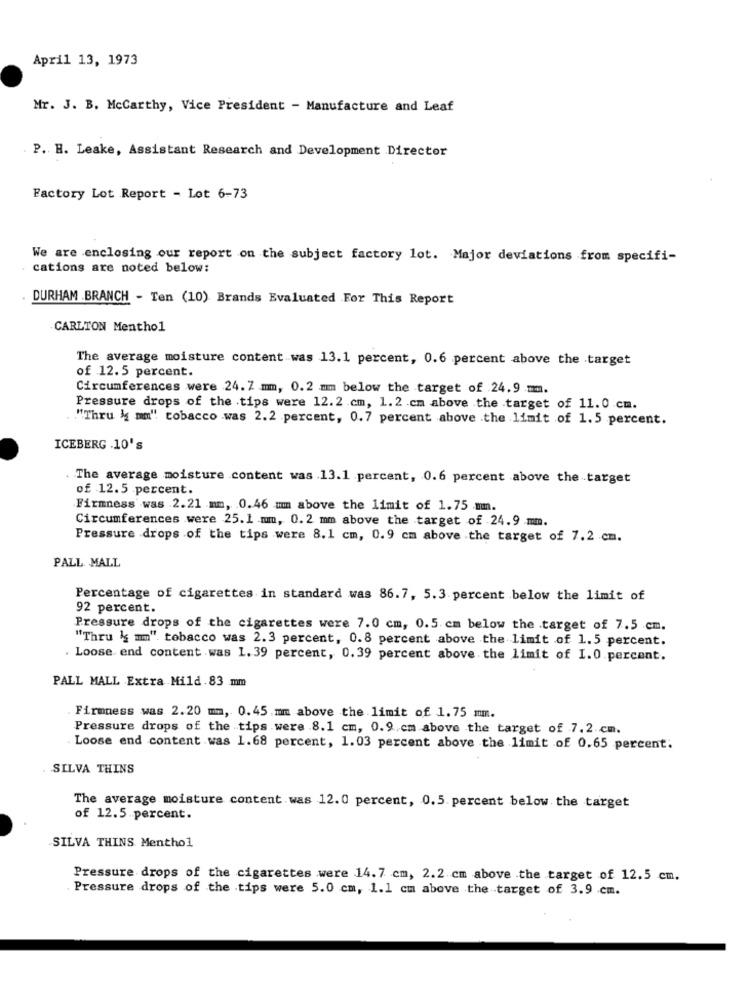
April 13, 1973
Mr. J. B. Mccarthy, Vice President - Manufacture and Leaf
P. H. Leake, Assistant Research and Development Director
Factory Lot Report - Lot 6-73
We are enclosing our report on the subject factory lot. Major deviations from specifi-
cations are noted below:
DURHAM .BRANCH - Ten (10) Brands Evaluated For This Report
CARLTON Menthol
The average moisture content was 13.1 percent, 0.6 percent above the target
of 12. 5 percent.
Circumferences were 24. 7 mm, 0.2 mm below the target of 24.9 mm.
Pressure drops of the tips were 12.2.cm, 1.2 .cm above the target of 11.0 cm.
"Thru {{ mm" tobacco was 2.2 percent, 0.7 percent above the limit of 1.5 percent.
ICEBERG .10's
. The average moisture content was 13.1 percent, 0.6 percent above the target
of 12.5 percent.
Firmness was .2.21 mm, 0.46 um above the limit of 1.75 mm.
Circumferences were 25.1 mm, 0.2 mm above the target of 24.9 mm.
Pressure drops of the tips were 8.1 cm, 0.9 cm above the target of 7.2 cm.
PALL MALL
Percentage of cigarettes in standard was 86.7, 5.3 percent below the limit of
92 percent.
Pressure drops of the cigarettes were 7.0 cm, 0.5.cm below the .target of 7.5 cm.
"Thru lf mm" tobacco was 2.3 percent, 0.8 percent above the limit of 1.5 percent.
Loose end content was 1.39 percent, 0.39 percent above the limit of I. 0 percent.
PALL MALL Extra Mild.83 mm
Firmness was 2.20 mm, 0.45.mm above the limit of 1.75 mm.
Pressure drops of the tips were .8.1 cm, 0.9.cm above the target of 7.2.cm.
Loose end content was 1.68 percent, 1.03 percent above the limit of 0.65 percent.
. SILVA THINS
The average moisture content was 12.0 percent, 0.5. percent below the target
of 12.5 percent.
SILVA THINS Menthol
Pressure drops of the cigarettes were 14.7 cm, 2.2 cm above the target of 12.5 cm.
Pressure drops of the .tips were 5.0 cm, 1.1 cm above the target of 3.9 cm.